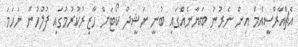
އެޗްއާރްސީއެމް އިން ނެރުނު ބަޔާނެއްގައި ބުނީ ނަޝީދު ކޯޓަށް ހާޒިރުކުރުމުގައި ފުލުހުން ނަހަމަ